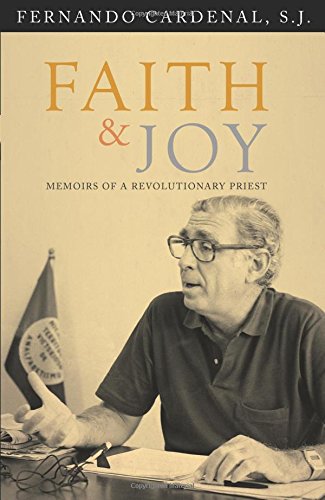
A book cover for Faith & Joy; Fernando Cardenal; Biographies & Memoirs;